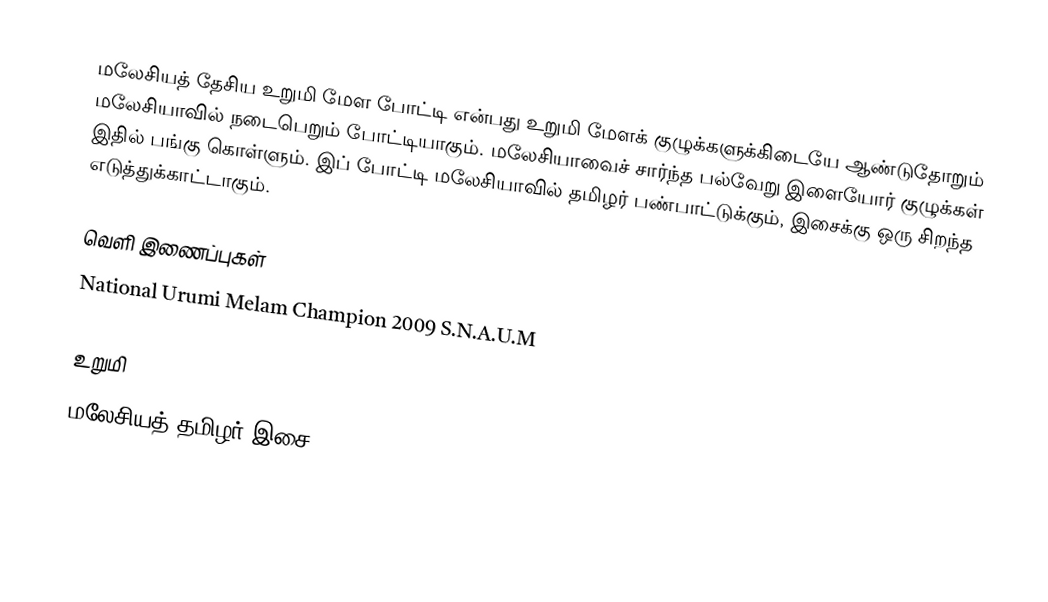
மலேசியத் தேசிய உறுமி மேள போட்டி என்பது உறுமி மேளக் குழுக்களுக்கிடையே ஆண்டுதோறும் மலேசியாவில் நடைபெறும் போட்டியாகும்.  மலேசியாவைச் சார்ந்த பல்வேறு இளையோர் குழுக்கள் இதில் பங்கு கொள்ளும்.  இப் போட்டி மலேசியாவில் தமிழர் பண்பாட்டுக்கும், இசைக்கு ஒரு சிறந்த எடுத்துக்காட்டாகும்.

வெளி இணைப்புகள்
 National Urumi Melam Champion 2009 S.N.A.U.M

உறுமி
மலேசியத் தமிழர் இசை